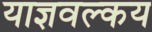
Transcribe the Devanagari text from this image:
याज्ञवल्कय